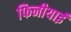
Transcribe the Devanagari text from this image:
फिनीयाई